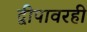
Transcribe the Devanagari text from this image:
द्वीपावरही